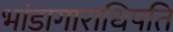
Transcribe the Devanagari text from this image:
भांडागाराधिपति